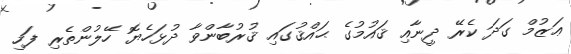
ޢަޒުމް ގަދަ ކެރޭ ދީނާއި ޤައުމުގެ ޙައްޤުގައި ޤުރުބާންވާ ދުޅަހެޔޮ ހޭލުންތެރި ފަހި